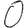
Digit: 0